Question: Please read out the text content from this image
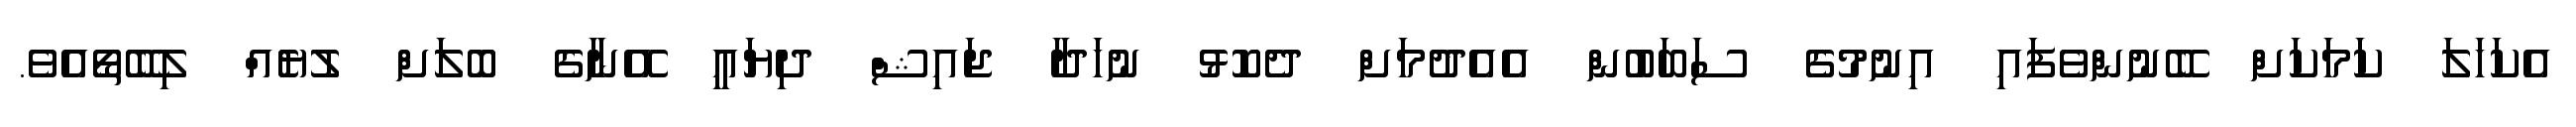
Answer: އެކަހަލަ ކަމަކަށް ބޭނުންވެފައި އިނުމުގެ ސަބަބުން އެއެދުމަށް ދެކޮޅު ނުހަދާ ޖައިޝް ދިޔައީ އޭނާގެ ބޮލަށް ލުޔެއް ލިބޭތޯއެވެ.